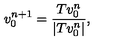
v _ { 0 } ^ { n + 1 } = \frac { T v _ { 0 } ^ { n } } { | T v _ { 0 } ^ { n } | } ,